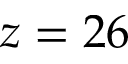
z = 2 6